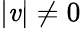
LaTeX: |\mathit{v}|\neq0